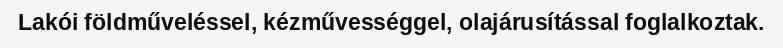
Lakói földműveléssel, kézművességgel, olajárusítással foglalkoztak.